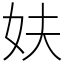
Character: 妋